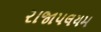
રાજાપલયમ